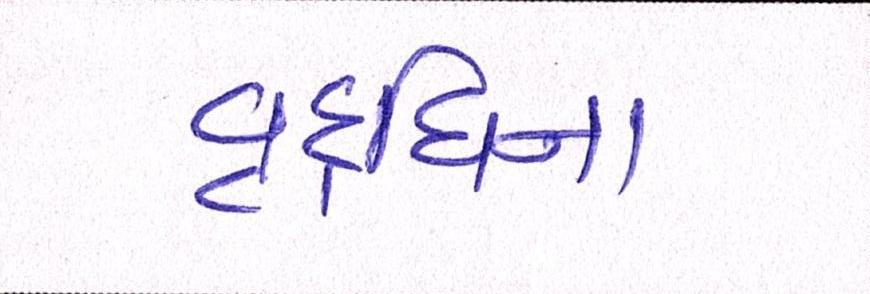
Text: વૃદ્ધિના